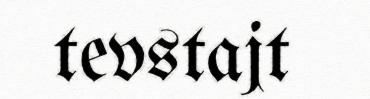
tevstajt